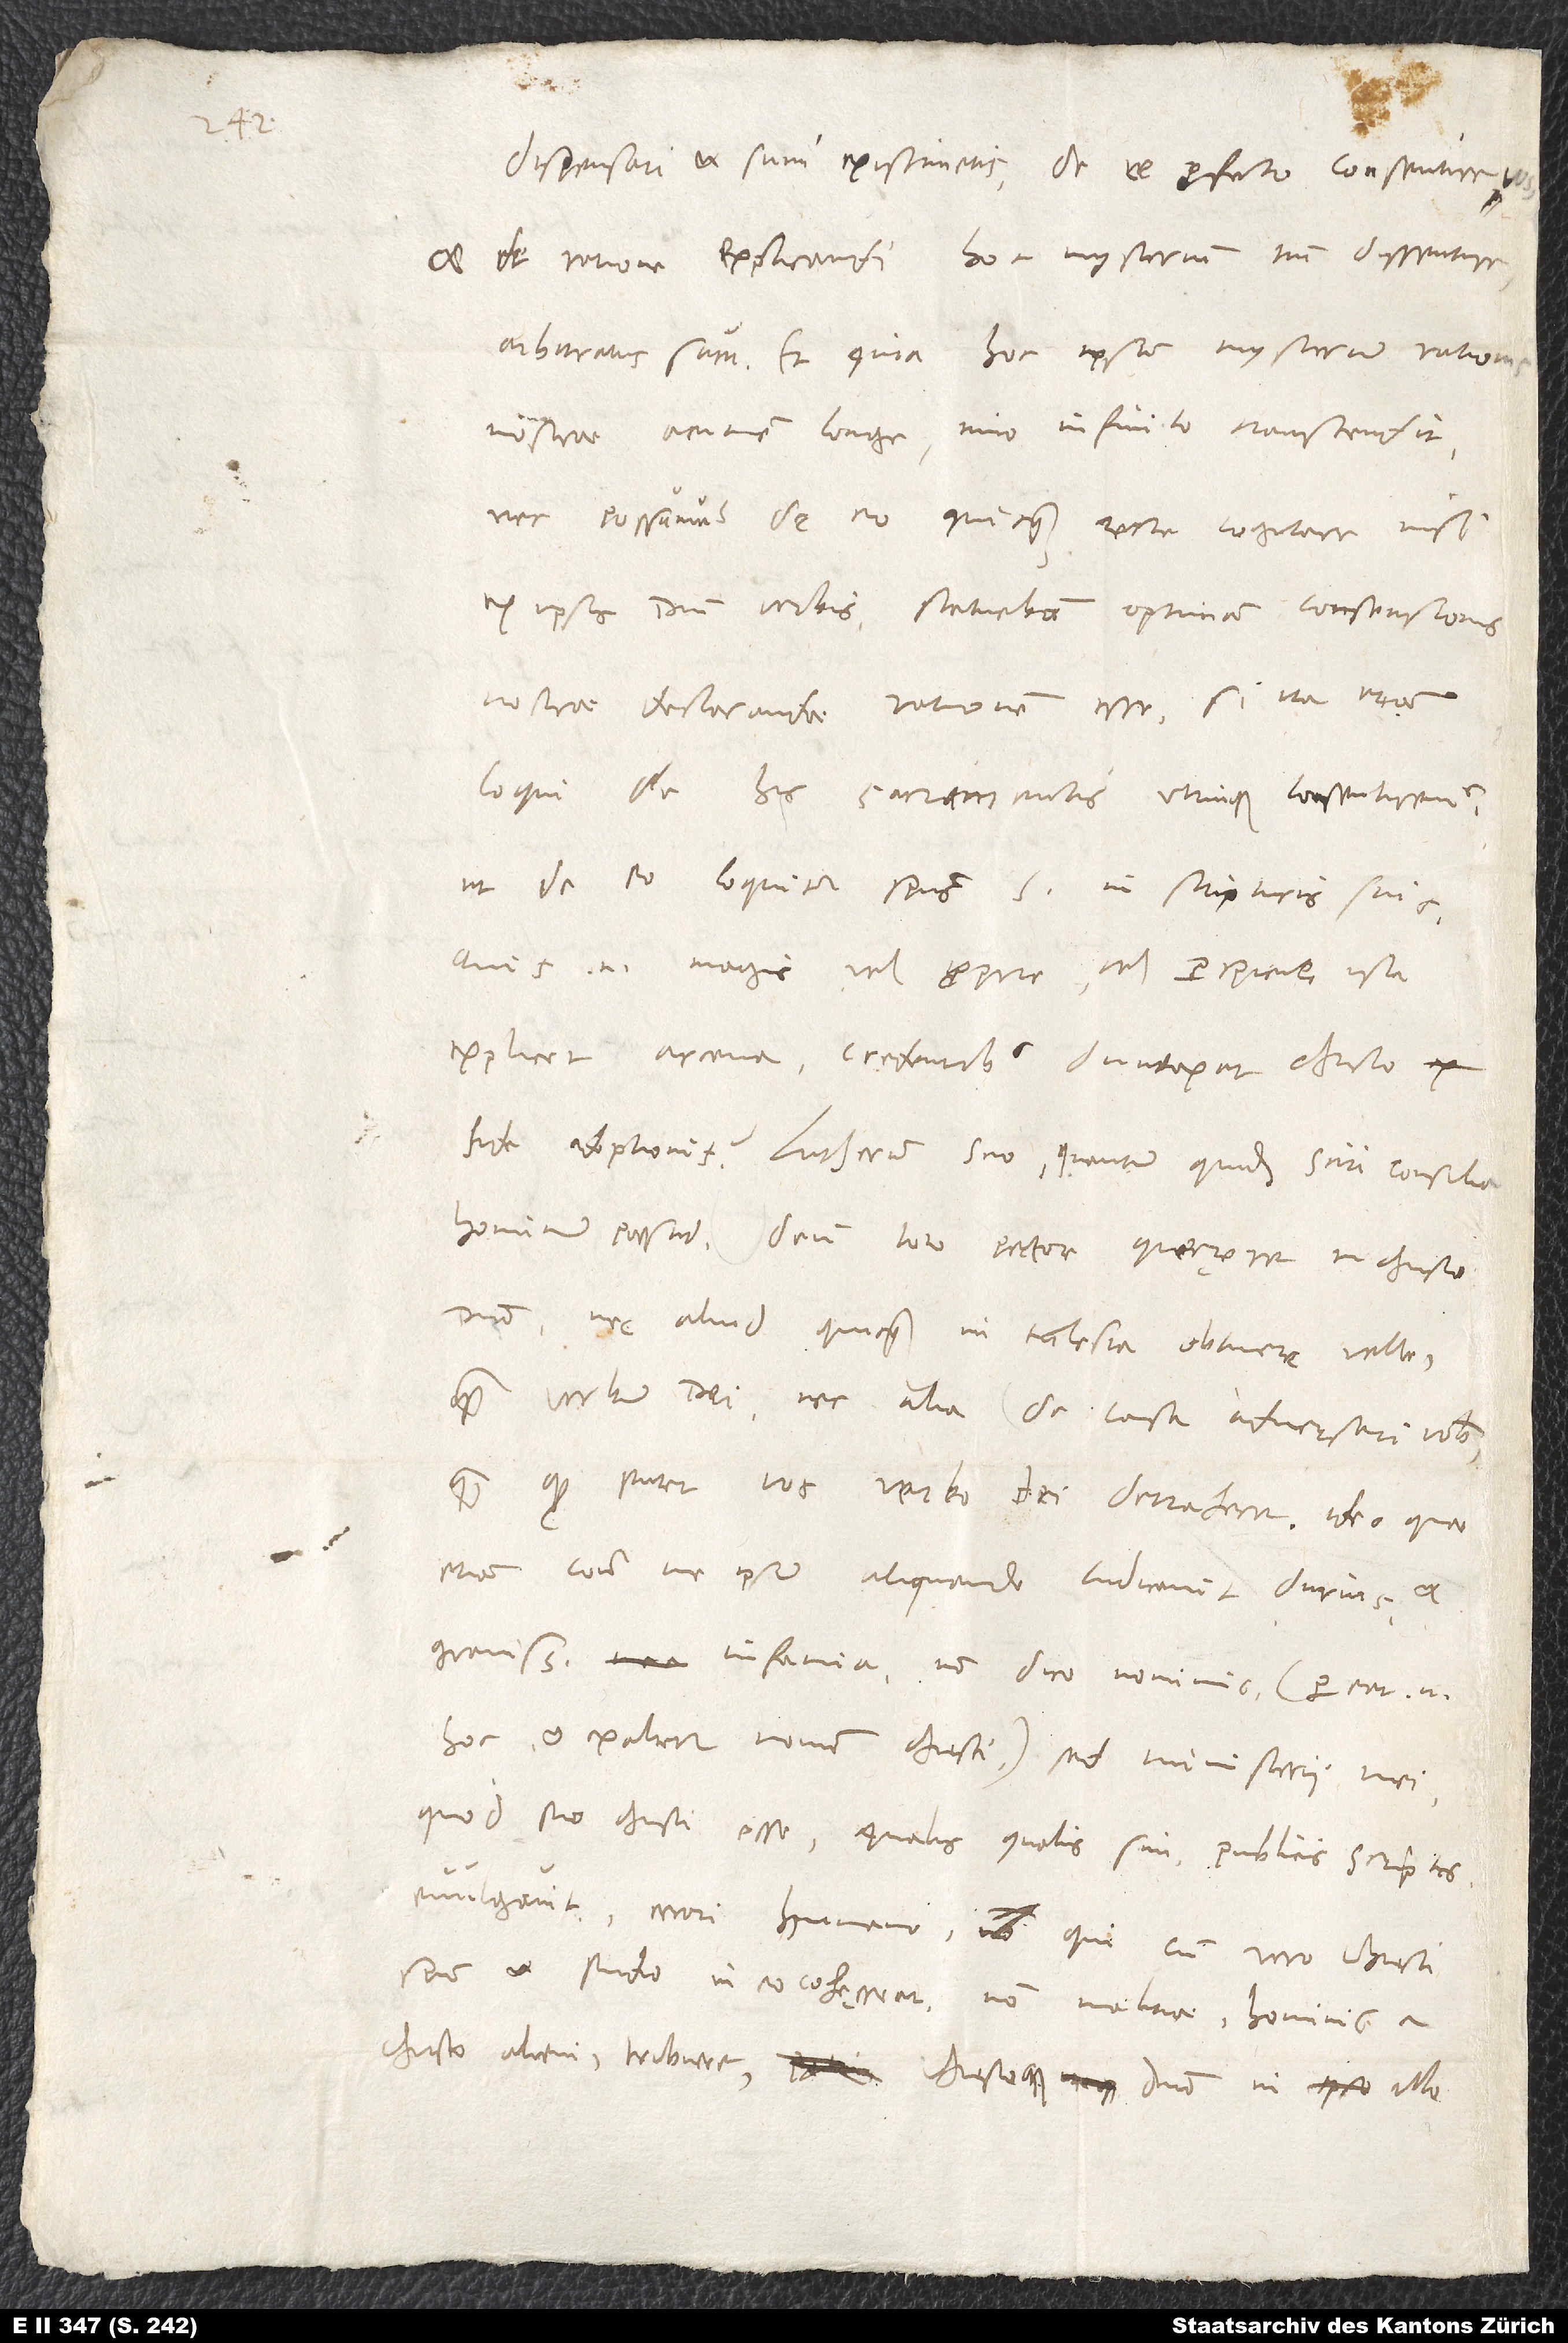
1543.

dispensari et sumi existimetis, de re profecto consentire vos
et de ratione explicandi hoc mysterium tantum dissentire
arbitratus sum. Et quia hoc ipsum mysterium rationis
nostrae acumen longe, imo infinito transcendit
nec possumus de eo quicquam recte cogitare nisi
ex ipsis domini verbis, statuebam optimam consensionis
nostrae declarandae rationem esse, si ita etiam
loqui de his sacramentis utrinque consentiremus,
ut de eo loquitur spiritus sanctus in scripturis suis.
Quis enim magis vel proprie vel perspicue ista
explicet arcana credentibus duntaxat Christo ex
fide adoptionis? Lutherum scio, quantum quidem sciri consilia
hominum possunt, deum toto pectore quęrere in Christo
domino nec aliud quicquam in ecclesia obtinere velle
quam verbum dei, nec alia de causa adversari vobis,
quam quod putet vos verbo dei detrahere. Ideo, quae
etiam contra me ipsum aliquando iudicavit durius et
gravissima infamia - non dico nominis (pereat enim
hoc et exaltetur nomen Christi), sed ministerii mei,
quod scio Christi esse, qualisqualis sim - publicis scriptis
evulgavit, errori humano, qui cum vero Christi
spiritu et studio in eo cohęreat, non malitiae hominis a
Christo alieni tribuere Christoque domino in illo